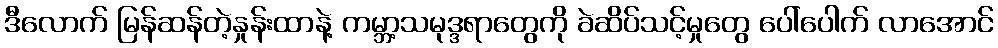
ဒီလောက် မြန်ဆန်တဲ့နှုန်းထာနဲ့ ကမ္ဘာ့သမုဒ္ဒရာတွေကို ခဲဆိပ်သင့်မှုတွေ ပေါ်ပေါက် လာအောင်